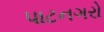
પાટનગરો